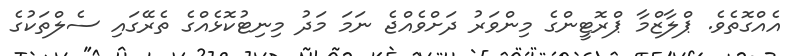
އެއްގޮތެވެ. ޕްލާޒްމާ ޕްރޮޓީންގެ މިިންވަރު ދަށްވެއްޖެ ނަމަ މަދު މިނިޓުކޮޅެއްގެ ތެރޭގައި ސެލްތަކުގެ